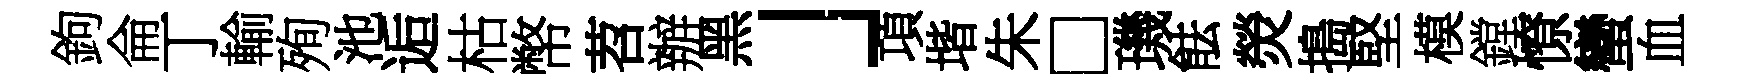
鉤侖丁輸殉池逅枯幣苕辦黑」項堦朱□璣䏻熒搗堅模鏜憭蠻血